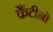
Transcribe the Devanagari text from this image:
कैंटीनो